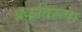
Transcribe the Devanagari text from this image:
प्रकृतिरूपा